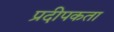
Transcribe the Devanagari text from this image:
प्रदीपकता